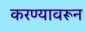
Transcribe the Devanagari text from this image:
करण्यावरून